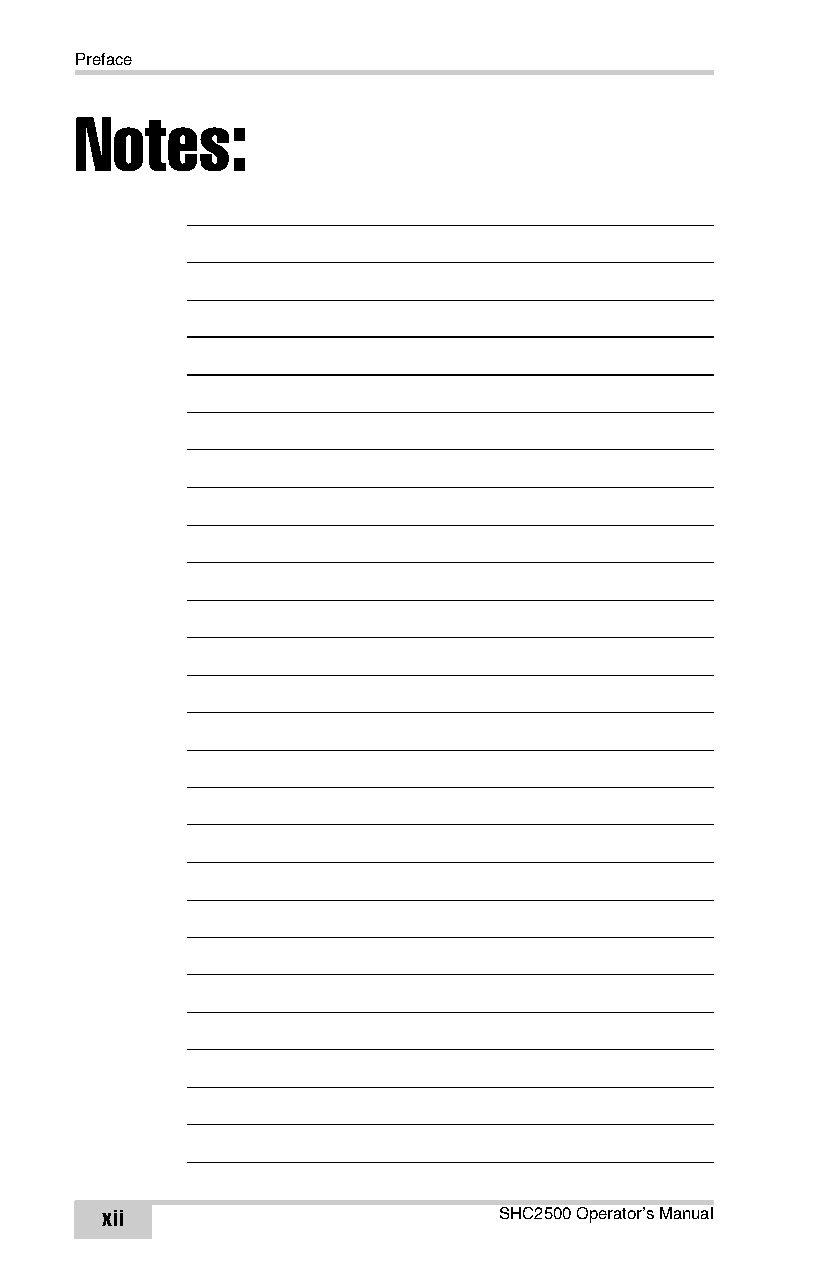
Preface
 Notes:
 xii                       SHC2500 Operator’s Manual